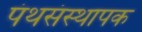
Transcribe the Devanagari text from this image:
पंथसंस्थापक